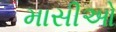
માસીઓ